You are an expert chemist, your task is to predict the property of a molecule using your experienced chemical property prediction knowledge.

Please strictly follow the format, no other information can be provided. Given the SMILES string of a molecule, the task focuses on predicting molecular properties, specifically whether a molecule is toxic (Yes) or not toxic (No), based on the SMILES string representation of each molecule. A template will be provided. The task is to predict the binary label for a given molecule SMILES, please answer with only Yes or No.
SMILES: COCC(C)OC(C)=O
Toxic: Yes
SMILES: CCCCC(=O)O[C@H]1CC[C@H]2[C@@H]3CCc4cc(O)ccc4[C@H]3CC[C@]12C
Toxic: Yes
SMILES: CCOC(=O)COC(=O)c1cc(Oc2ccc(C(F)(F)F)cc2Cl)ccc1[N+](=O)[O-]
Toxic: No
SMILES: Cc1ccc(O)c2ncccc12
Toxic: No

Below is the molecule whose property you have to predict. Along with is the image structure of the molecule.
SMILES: C[Si](Cl)(c1ccccc1)c1ccccc1
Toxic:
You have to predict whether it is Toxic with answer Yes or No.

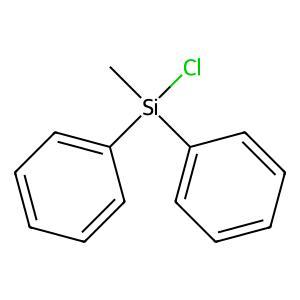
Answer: No